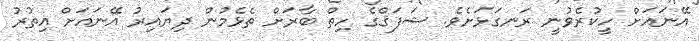
އޭނައަށް ހީކުރެވުނީ ރަނގަޅަށެވެ. ޝަފަޤްގެ ހިތް ބާރަށް ތެޅެމުން ދިޔައިރު އޭނައަށް އިތުރު